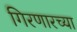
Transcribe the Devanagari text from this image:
गिरणारच्या